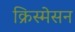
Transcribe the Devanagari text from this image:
क्रिस्मेसन